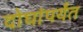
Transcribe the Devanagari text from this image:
दोघांपर्यंत